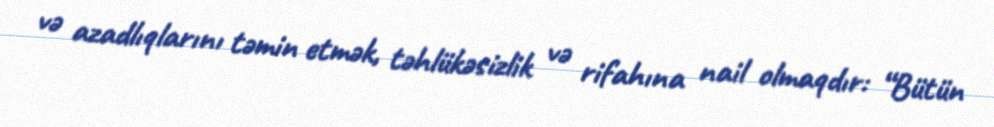
və azadlıqlarını təmin etmək, təhlükəsizlik və rifahına nail olmaqdır: “Bütün